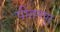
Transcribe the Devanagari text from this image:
पीतमपुर